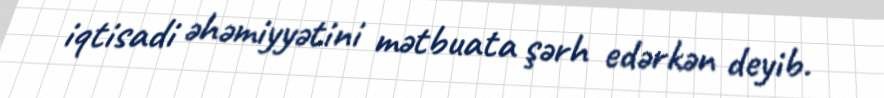
iqtisadi əhəmiyyətini mətbuata şərh edərkən deyib.